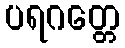
ပရဂတ္တေ